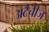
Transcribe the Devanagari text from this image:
अटैचीज